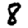
Digit: 8